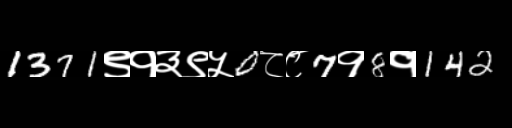
Text: 1371९१३९५0८८7१8१142